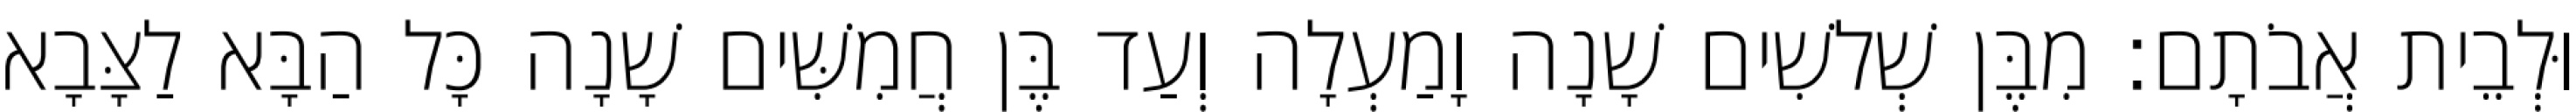
וּלְבֵית אֲבֹתָם׃ מִבֶּן שְׁלשִׁים שָׁנָה וָמַעְלָה וְעַד בֶּן חֲמִשִּׁים שָׁנָה כָּל הַבָּא לַצָּבָא